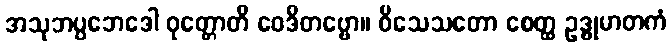
အသုဘပ္ပဘေဒေါ ဝုတ္တောတိ ဝေဒိတဗ္ဗော။ ဝိသေသတော စေတ္ထ ဥဒ္ဓုမာတကံ